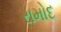
રામોદ